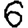
Digit: 6